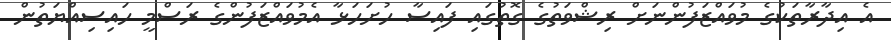
އެ އިދާރާތަކުގެ މުވައްޒަފުންނަށް ރިޝްވަތުގެ ގޮތުގައި ފައިސާ ހުށަހަޅާ އެމުވައްޒަފުންގެ ރަސްމީ ހައިސިއްޔަތުން